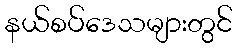
နယ်စပ်ဒေသများတွင်